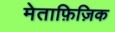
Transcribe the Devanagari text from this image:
मेताफ़िज़िक